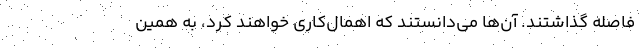
فاصله گذاشتند. آن‌ها می‌دانستند که اهمال‌کاری خواهند کرد، به همین